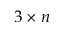
3 \times n